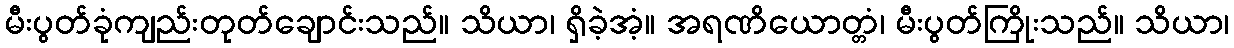
မီးပွတ်ခုံကျည်းတုတ်ချောင်းသည်။ သိယာ၊ ရှိခဲ့အံ့။ အရဏိယောတ္တံ၊ မီးပွတ်ကြိုးသည်။ သိယာ၊